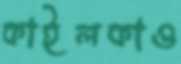
কাইলকাও